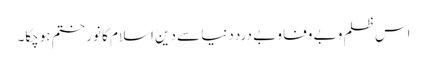
اس ظلم و بے وفا و بے درد دنیا سے دین اسلام کا نور ختم ہوچکا۔